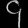
Digit: ၄